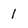
Character: 1